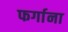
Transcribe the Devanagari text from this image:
फर्गाना